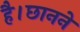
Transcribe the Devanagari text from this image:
है।छानने